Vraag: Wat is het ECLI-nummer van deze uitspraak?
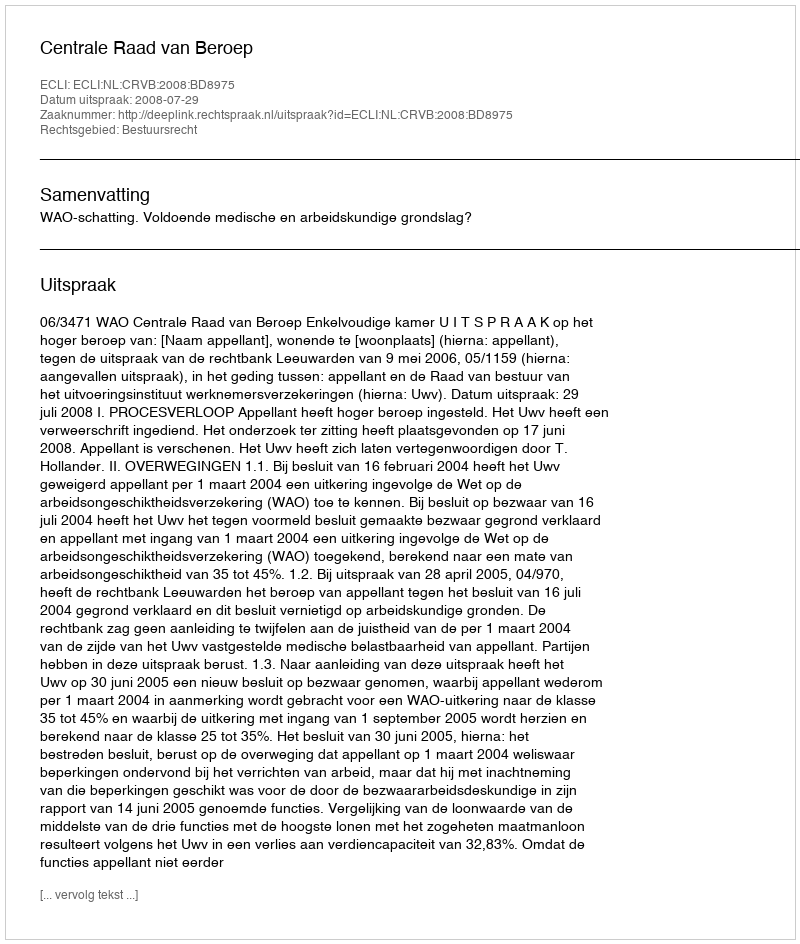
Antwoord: ECLI:NL:CRVB:2008:BD8975